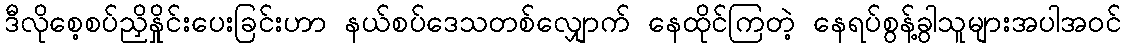
ဒီလိုစေ့စပ်ညှိနှိုင်းပေးခြင်းဟာ နယ်စပ်ဒေသတစ်လျှောက် နေထိုင်ကြတဲ့ နေရပ်စွန့်ခွါသူများအပါအဝင်